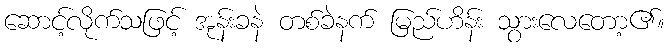
ဆောင့်လိုက်သဖြင့် အုန်းခနဲ တစ်ခဲနက် မြည်ဟိန်း သွားလေတော့၏။